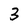
Character: 3